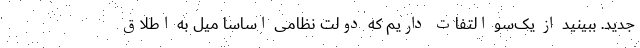
جدید. ببینید از یک‌سو التفات داریم که دولت نظامی اساسا میل به اطلاق